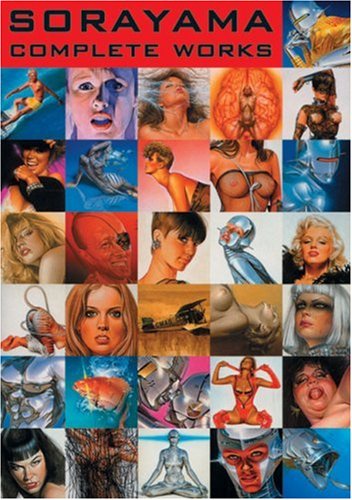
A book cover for Sorayama: Complete Works; Hajime Sorayama; Arts & Photography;